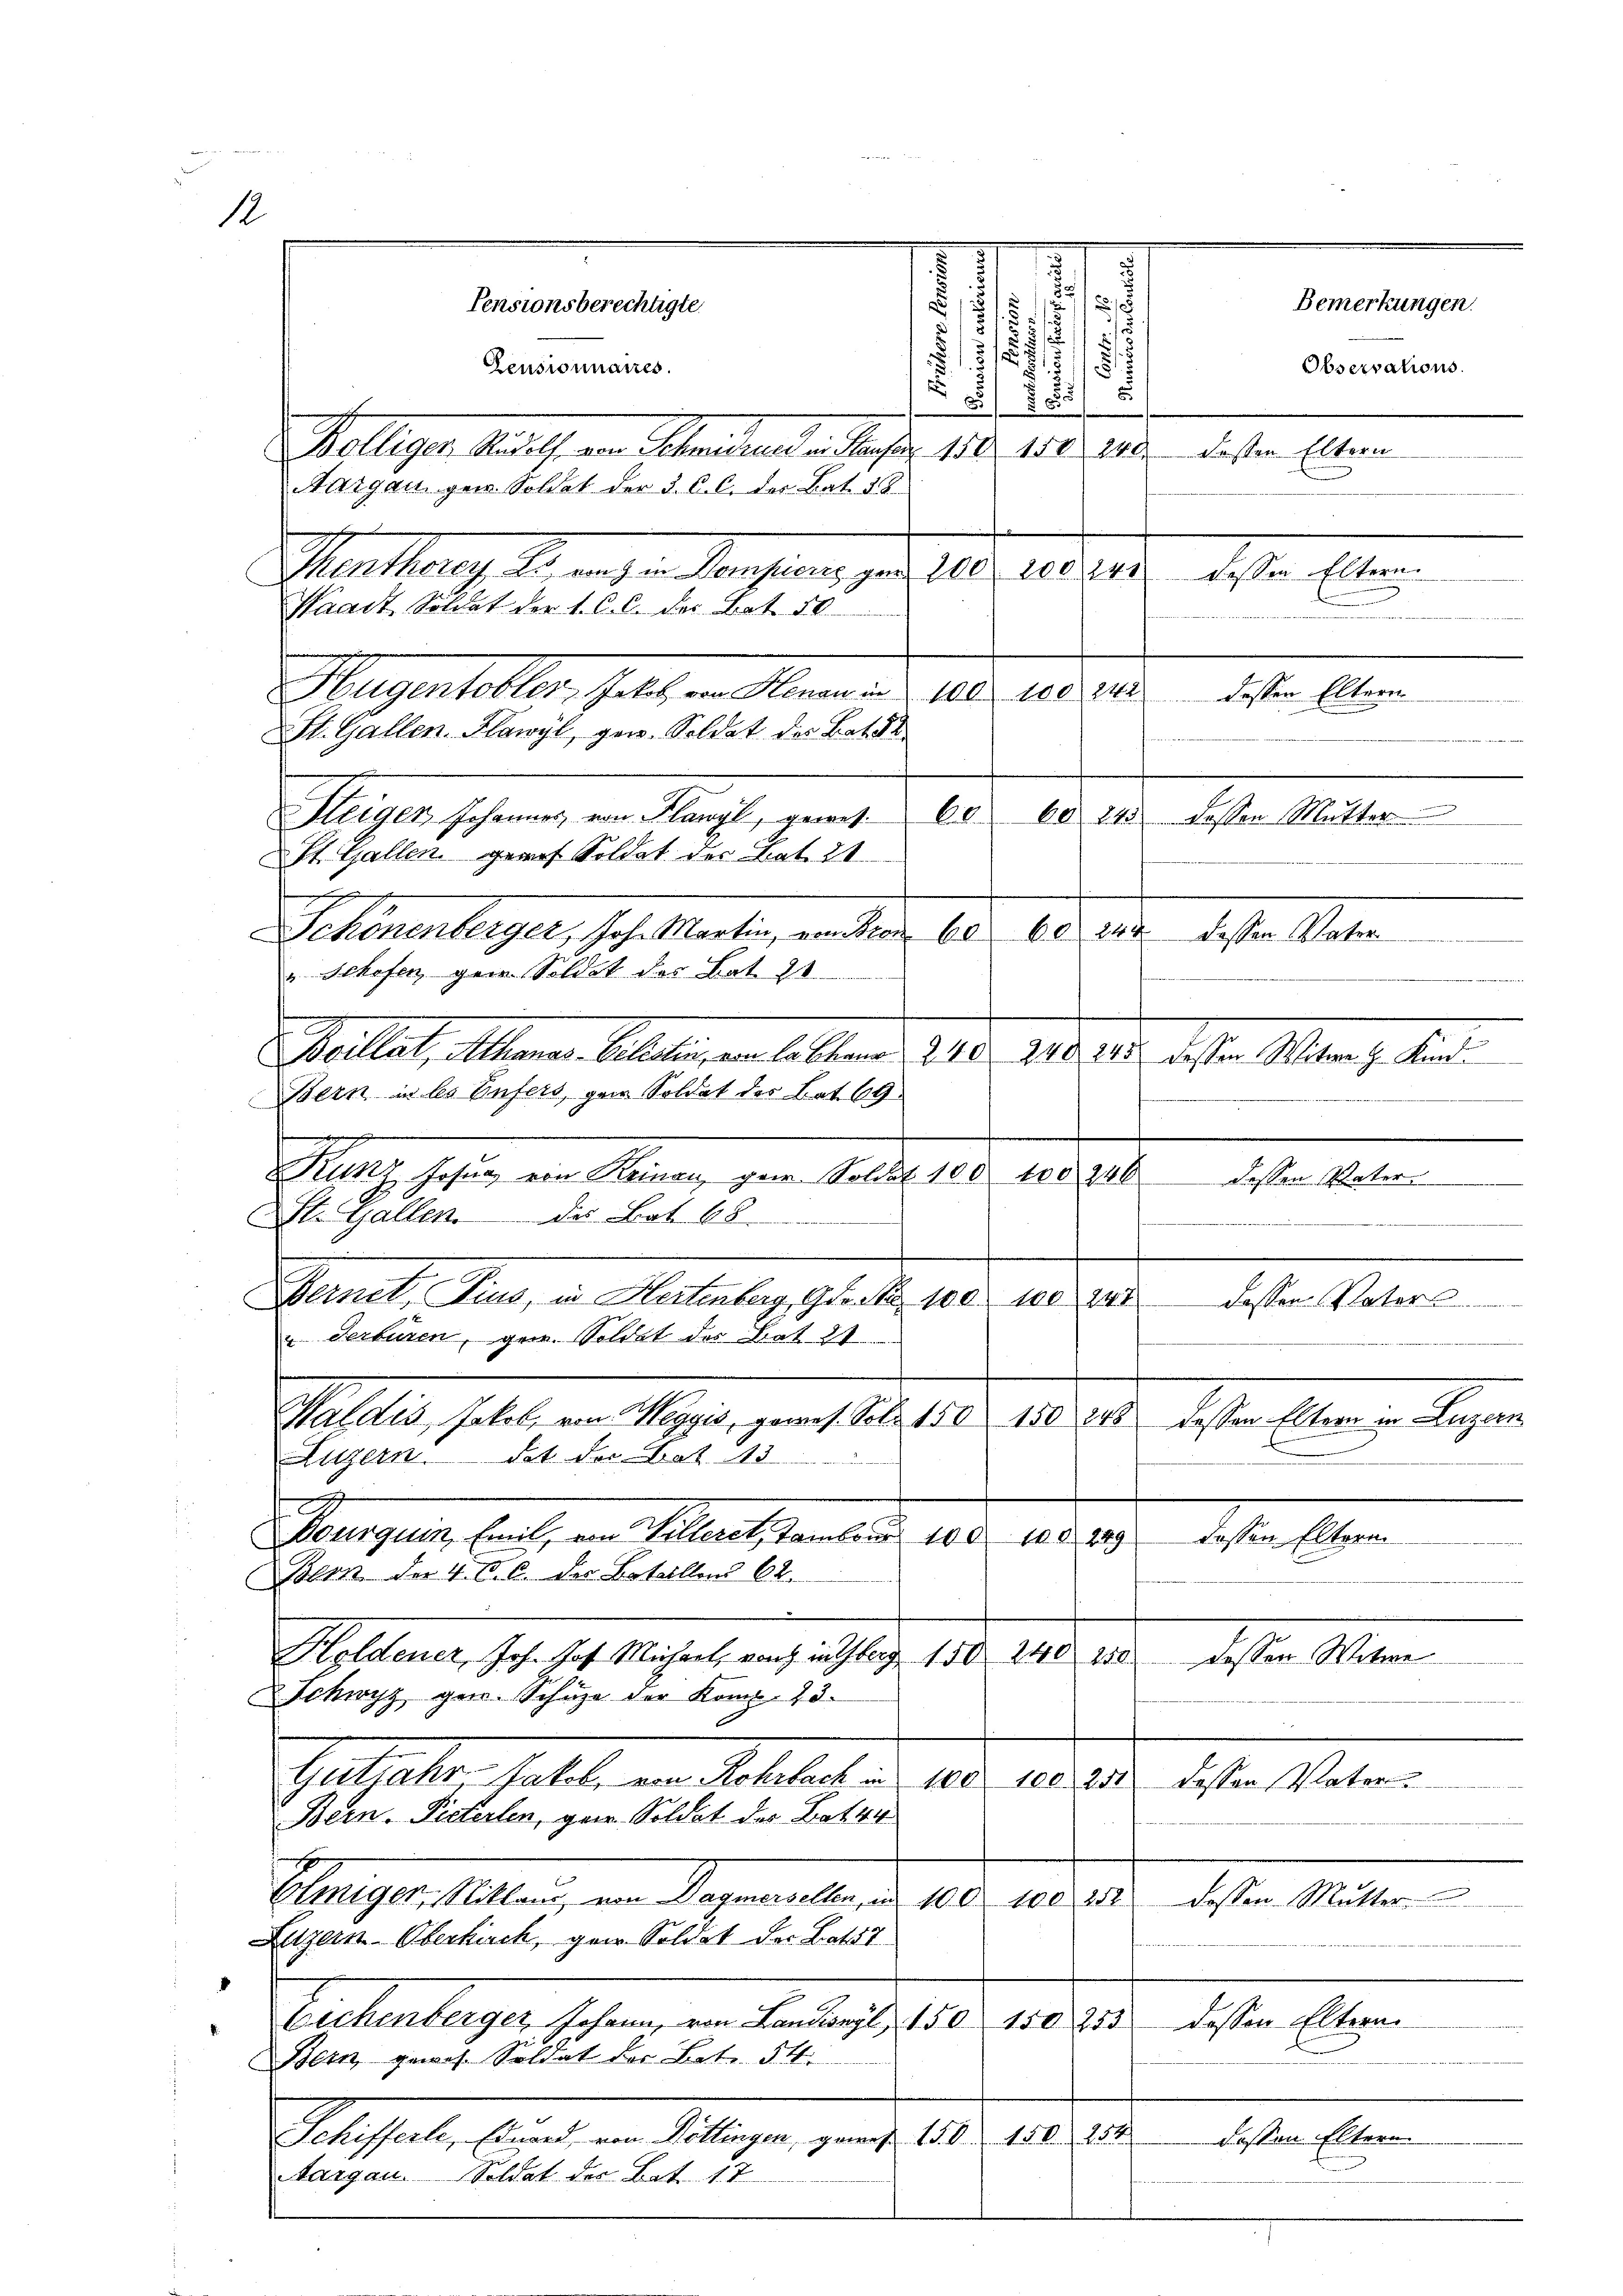
12

518
8
s
2
B
§ 155
.
2515
1.5
5
755
2
Belliger Kadel, von Schneidenden Jahr 180. 100 die
Aargau gen. Soldat der §. C. C. der Bat. 38
Man herung l. auch in denseinen, den Al. 10. 10.
Waadt Soldet der L. C. b. der Bot 50
Seiner scherung in Macht, ging d. 10.
St. Gallen, geruf Soldet der Bat. 21.
Sehenenberger, schollanten, an dem 15. 18. d.
" Schofen gen. Soldat des Bat. 21
Veillet, Mienen. Allein ein lallen d. 9.10. 198. 15. deste Man kan
Bern in les Enfers, gar Soldat des Bat. 69.

s
Kunz Josen von Reinau, ger. Soldat 100 100 240 dessen Vater
St. Gallen des Bot 68
Ganel, Stand, an Matileg pr. d. 108. 180. 10
u. Verbüren, gew. Soldet des Bat. 21
Waldes, Jakob, von Weggis, gewes. Sol 150 150 248 dessen Eltern in Luzern
Luzern. Tat der Bat. 13
2
Dourquin, Emil, von Willeret, Tambour 100 108. 249
Schnellen
Bern der 4. B. b. der Botelltend 62.
Holdener, Joh. Joh. Machert, auch ausflug. 150. 148. 110.
dessen Mater
Schwyz gen. Schüze der Komp. 23.
Gestatte, hatte am Kollater 180. 125. 20.
dessen Vater
Bern. Pitterlen, gerr. Soldat des Bat44
Ehiniger, Mitland, von Dogmaselle, d. 100. 100. 232
1sten Matern
Luzern Oberkirch, ger Soldat der Batt
Autenberger hohen, von den des et 10. 10. 1
dessen Eltern.
Bein gewos. Soldat der Betr. 54.
Petschale, Aignet in de langen, genug. 1810. 1808. 28.
dessen Eltern.
Aargau. Soldat der Bat 17

Pensionnaires.

Pensionsberechtigte.

St. Gallen Flawyl, gen. Soldat der Bata

Hugentobler, hatte in Niemande Aber 1850

.
3
.
f
d
.
s
1

dessen Eltern

de. Ein
Ad. d. 160. 1810.
dieser laten
e
.

Bemerkungen.
Observations.

dessen Eltern